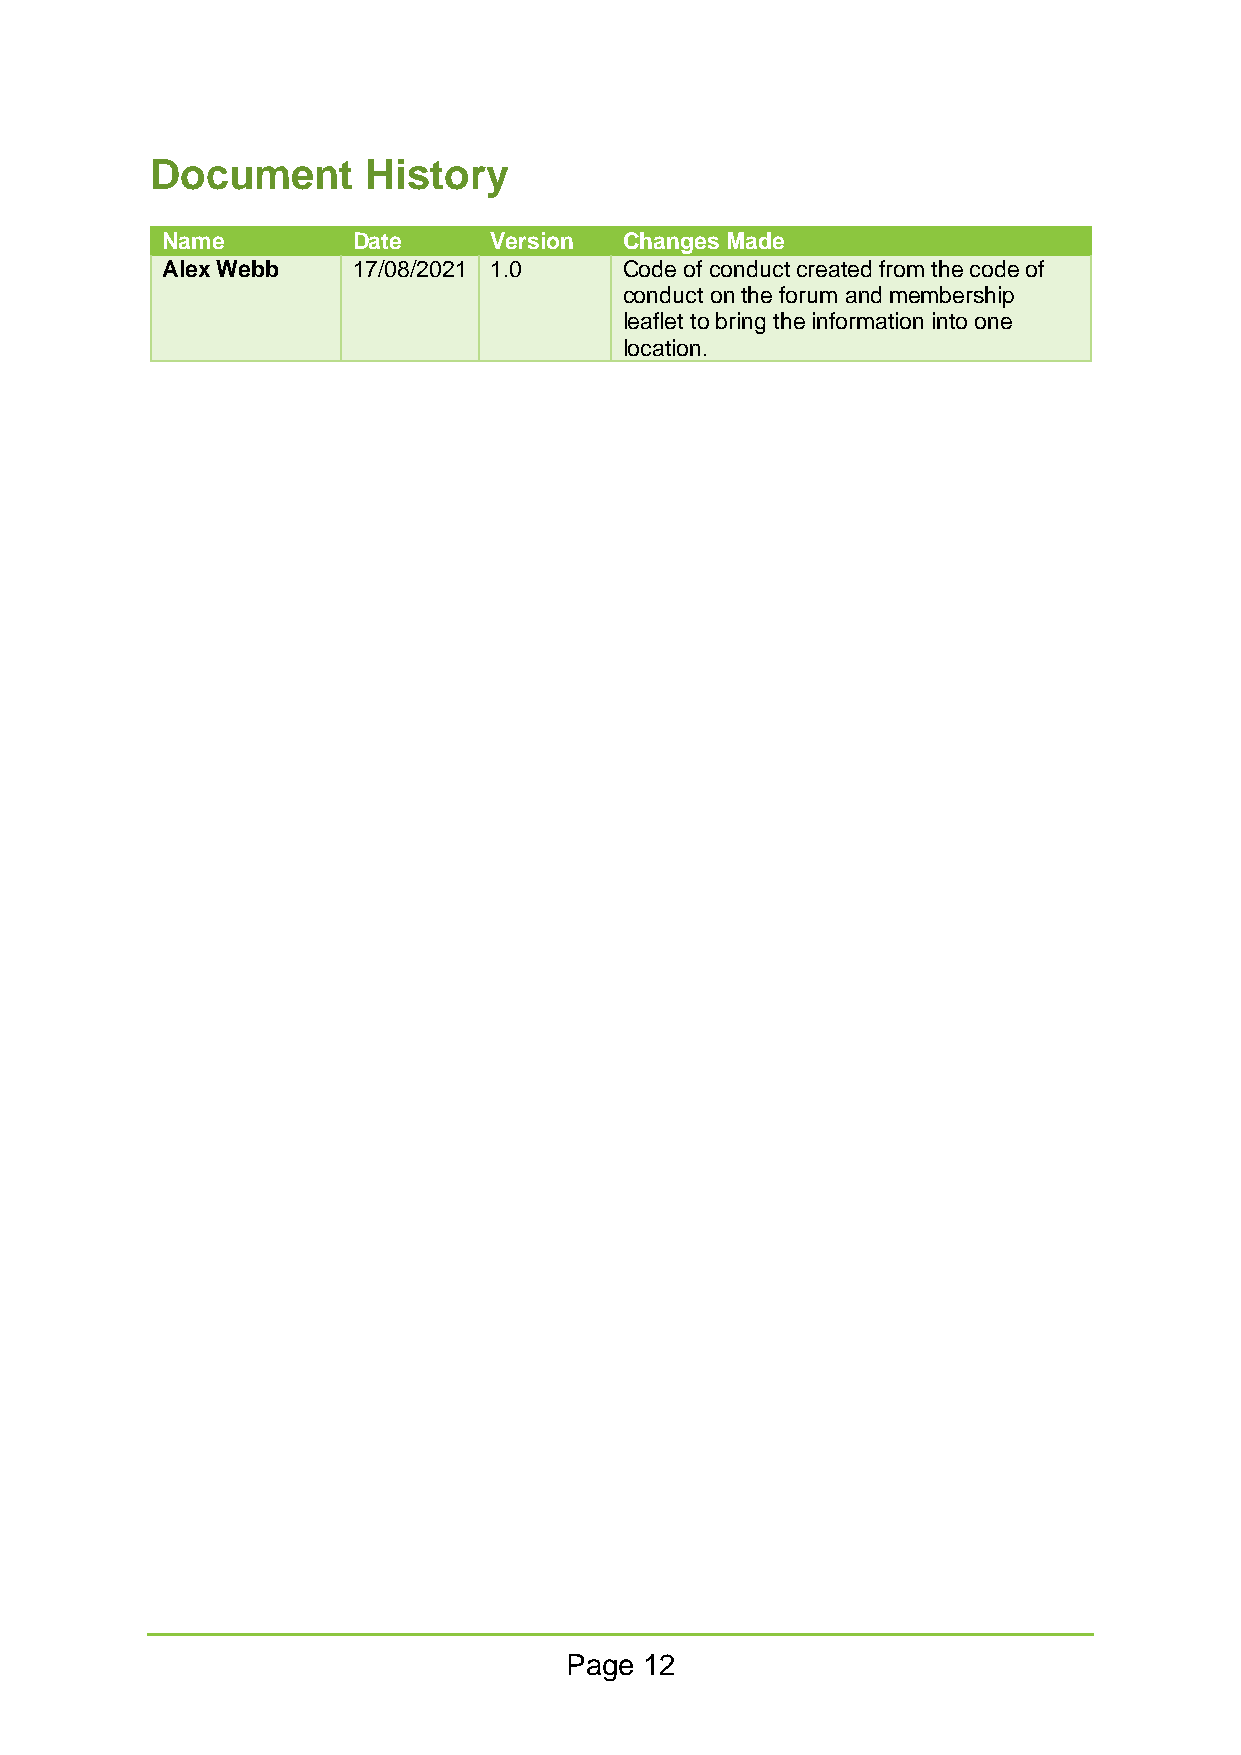
Document      History
 Name        Date     Version  Changes Made
 Alex Webb   17/08/2021 1.0    Code of conduct created from the code of
 conduct on the forum and membership
 leaflet to bring the information into one
 location.
 Page  12